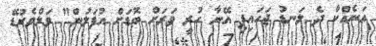
އަނެއްކާ ދެ ލަނޑު ޖަހައިފި އޭނާ ހުރީ ވަރަށް ބޮޑަށް އުފަލުން" ވަލްވެރުޑޭ